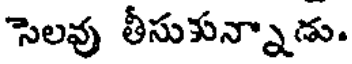
సెలవు తీసుకున్నాడు.